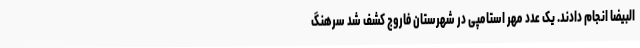
البیضا انجام دادند. یک عدد مهر استامپی در شهرستان فاروج کشف شد سرهنگ